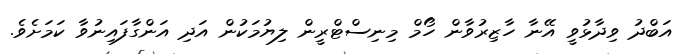
އަބްދު ވިދާޅުވީ އޭނާ ހާޒިރުވާން ހޯމް މިނިސްޓްރީން ލިޔުމަކުން އަދި އަންގާފައިނުވާ ކަމަށެވެ.